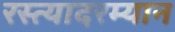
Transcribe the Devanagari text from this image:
रस्त्यादरम्यान